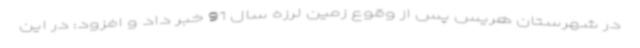
در شهرستان هریس پس از وقوع زمین لرزه سال 91 خبر داد و افزود: در این